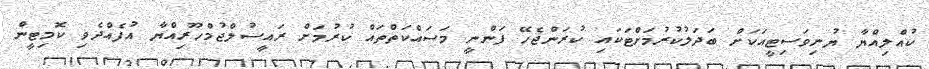
ކުއްލިއްޔާ ޔުނިވަސިޓީއަކަށް ބަދަލުކުރުމަށްޓަކައި ކުރަންޖެހޭ ފަންނީ މަސައްކަތްތައް ކުރުމަށް ރައީސުލްޖުމްހޫރިއްޔާ އުފެއްދެވި ކޮމިޓީން